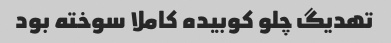
تهدیگ چلو کوبیده کاملا سوخته بود